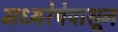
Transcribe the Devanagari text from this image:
मध्यरेषेपासून